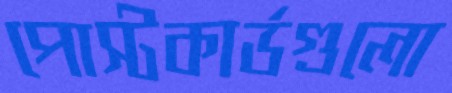
পোস্টকার্ডগুলো